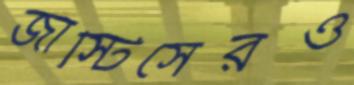
জাস্টিসেরও